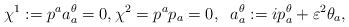
LaTeX: \begin{align*}\chi^1: = p^a a^{\theta}_a = 0, \chi^2 = p^a p_a = 0, \;\;a^{\theta}_a:= i p^{\theta}_a + \varepsilon^2 \theta_a,\end{align*}